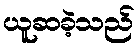
ယူဆခဲ့သည်